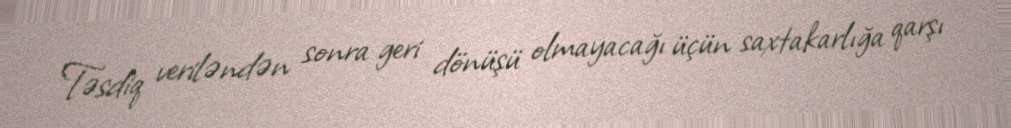
Təsdiq veriləndən sonra geri dönüşü olmayacağı üçün saxtakarlığa qarşı